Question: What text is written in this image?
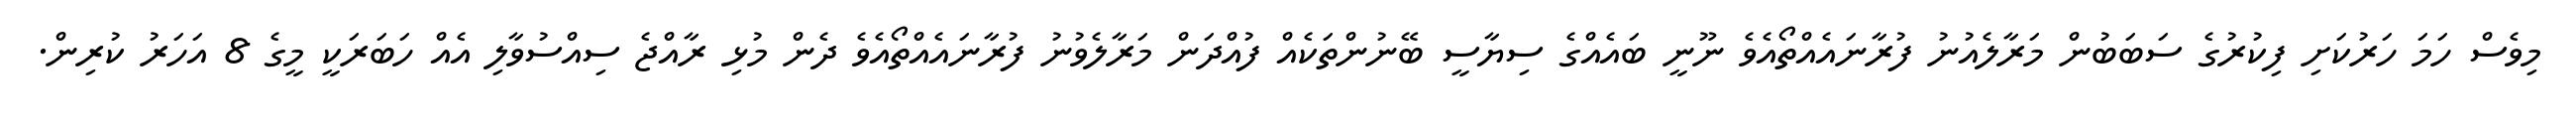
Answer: މިވެސް ހަމަ ހަރުކަށި ފިކުރުގެ ސަބަބުން މަރާލެއުނު ފުރާނައެއްތޯއެވެ ނޫނީ ބައެއްގެ ސިޔާސީ ބޭނުންތަކެއް ފުއްދަން މަރާލެވުނު ފުރާނައެއްތޯއެވެ ދެން މުޅި ރާއްޖެ ސިއްސުވާލި އެއް ހަބަރަކީ މީގެ 8 އަހަރު ކުރިން.